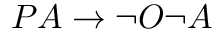
P A \to \lnot O \lnot A